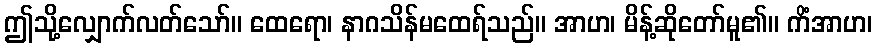
ဤသို့လျှောက်လတ်သော်။ ထေရော၊ နာဂသိန်မထေရ်သည်။ အာဟ၊ မိန့်ဆိုတော်မူ၏။ ကိံအာဟ၊